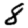
Digit: 8